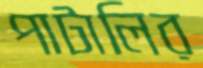
পাটালির